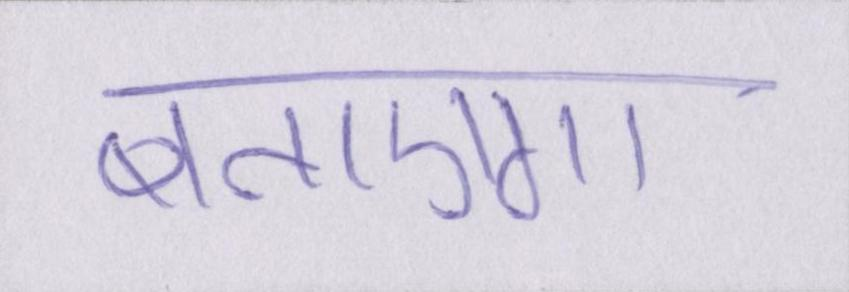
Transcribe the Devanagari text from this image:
बताएगा